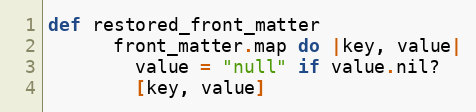
Language: Ruby
def restored_front_matter
      front_matter.map do |key, value|
        value = "null" if value.nil?
        [key, value]